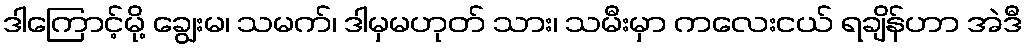
ဒါကြောင့်မို့ ချွေးမ၊ သမက်၊ ဒါမှမဟုတ် သား၊ သမီးမှာ ကလေးငယ် ရချိန်ဟာ အဲဒီ